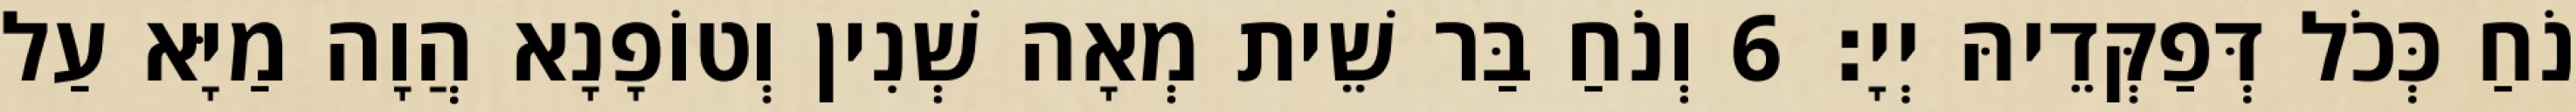
נֹחַ כְּכֹל דְּפַקְּדֵיהּ יְיָ׃ 6 וְנֹחַ בַּר שֵׁית מְאָה שְׁנִין וְטוֹפָנָא הֲוָה מַיָּא עַל